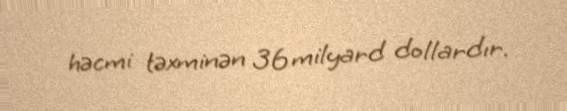
həcmi təxminən 36 milyard dollardır.